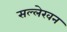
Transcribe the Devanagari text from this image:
सल्लेखन